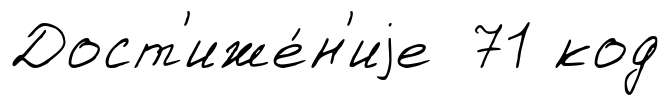
Дост'иже́н'иjе 71 код